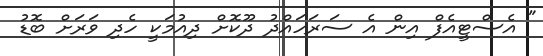
" އެސްޓީއެފް އިން އެ ސަރަހައްދު ދޫކޮށް ދިއުމަކީ ހެދި ވަރަށް ބޮޑު